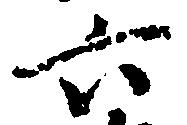
六